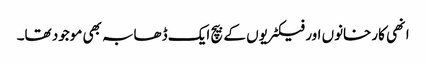
انھی کارخانوں اور فیکٹریوں کے بیچ ایک ڈھابہ بھی موجود تھا۔